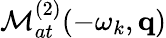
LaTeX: {\cal M}_{at}^{(2)}(-\omega_{k},\mathbf{q})